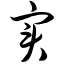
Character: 实